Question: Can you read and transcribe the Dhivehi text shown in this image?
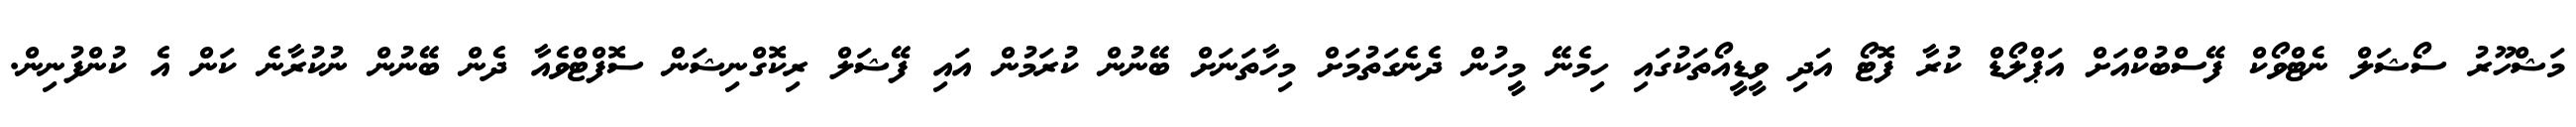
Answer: މަޝްހޫރު ސޯޝަލް ނެޓްވޯކް ފޭސްބުކްއަށް އަޕްލޯޑް ކުރާ ފޮޓޯ އަދި ވީޑީއޯތަކުގައި ހިމެނޭ މީހުން ދެނެގަތުމަށް މިހާތަނަށް ބޭނުން ކުރަމުން އައި ފޭޝަލް ރިކޮގްނިޝަން ސޮފްޓްވެއާ ދެން ބޭނުން ނުކުރާނެ ކަން އެ ކުންފުނިން.